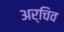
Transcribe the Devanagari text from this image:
अर्चिव